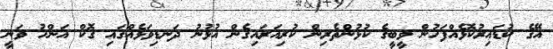
އޭގެ ކުޑައިރުކޮޅެއްފަހުން ވީބީގެ ކުޅުންތެރިން ކުރިއަރައިގެން އުޅުނު ދަނޑިވަޅެއްގައި ގޮކް އަންހު ވަނީ